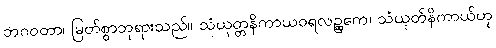
ဘဂဝတာ၊ မြတ်စွာဘုရားသည်။ သံယုတ္တနိကာယဝရလဉ္ဆကေ၊ သံယုတ်နိကာယ်ဟု